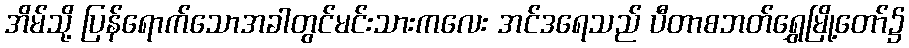
အိမ်သို့ ပြန်ရောက်သောအခါတွင်မင်းသားကလေး အင်ဒရေသည် ပီတာစဘတ်ရွှေမြို့တော်၌